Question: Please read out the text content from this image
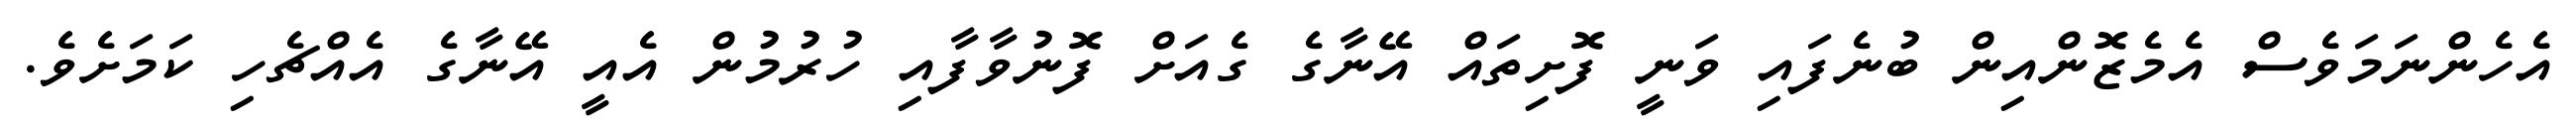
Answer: އެހެންނަމަވެސް އެމެޒޮންއިން ބުނެފައި ވަނީ ފޮށިތައް އޭނާގެ ގެއަށް ފޮނުވާފާއި ހުރުމުން އެއީ އޭނާގެ އެއްޗެހި ކަމަށެވެ.